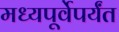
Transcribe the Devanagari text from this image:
मध्यपूर्वेपर्यंत